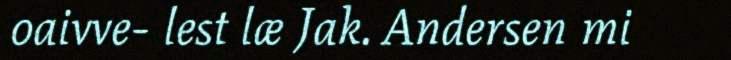
oaivve- lest læ Jak. Andersen mi